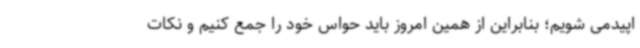
اپیدمی شویم؛ بنابراین از همین امروز باید حواس خود را جمع کنیم و نکات